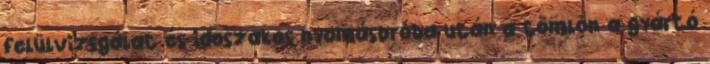
felülvizsgálat és idõszakos nyomáspróba után a tömlõn a gyártó